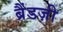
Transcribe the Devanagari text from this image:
ब्रैंडज़ी